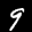
Label: 9